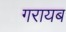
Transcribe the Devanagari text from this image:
गरायब